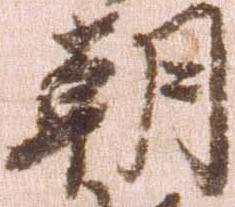
朝